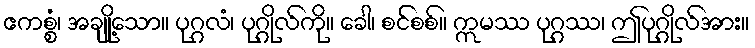
ဧကစ္စံ၊ အချို့သော။ ပုဂ္ဂလံ၊ ပုဂ္ဂိုလ်ကို။ ခေါ၊ စင်စစ်။ ဣမဿ ပုဂ္ဂဿ၊ ဤပုဂ္ဂိုလ်အား။